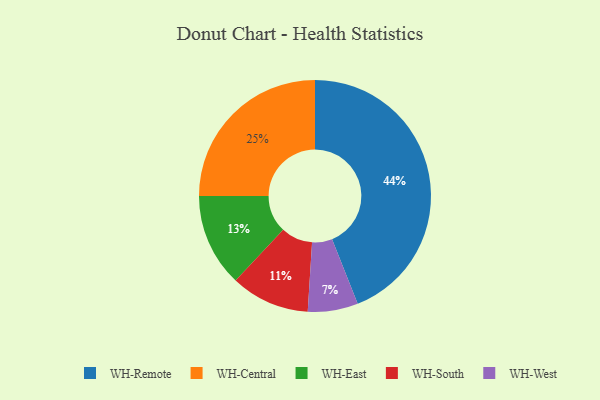
{"axis": {"x": "Category", "y": "Percentage"}, "legend": ["WH-Central", "WH-East", "WH-Remote", "WH-South", "WH-West"], "data": [{"x": "WH-East", "y": 13, "type": "WH-East"}, {"x": "WH-West", "y": 7, "type": "WH-West"}, {"x": "WH-South", "y": 11, "type": "WH-South"}, {"x": "WH-Remote", "y": 44, "type": "WH-Remote"}, {"x": "WH-Central", "y": 25, "type": "WH-Central"}]}